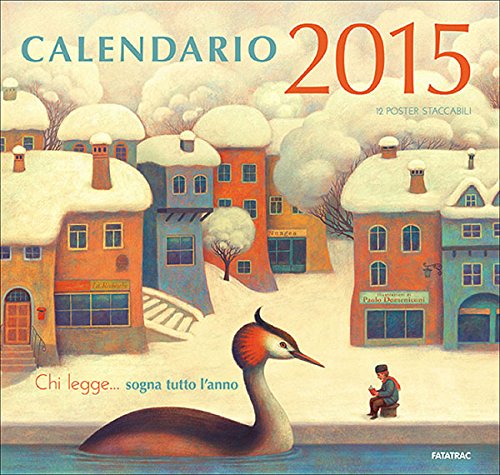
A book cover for Chi legge... sogna tutto l'anno. Calendario 2015; aa vv; Calendars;